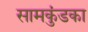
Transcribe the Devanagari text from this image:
सामकुंडका